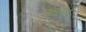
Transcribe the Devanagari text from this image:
सूक्ष्मब्रांड